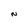
Character: N